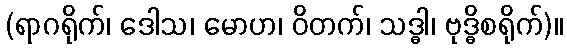
(ရာဂရိုက်၊ ဒေါသ၊ မောဟ၊ ဝိတက်၊ သဒ္ဓါ၊ ဗုဒ္ဓိစရိုက်)။